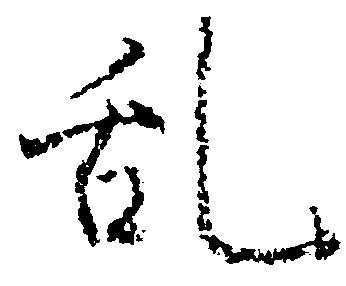
乱